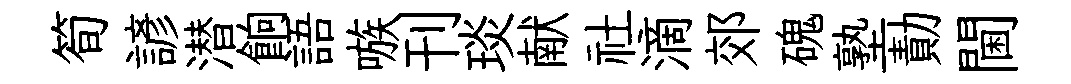
筍諺潜餉語嗾刊琰献社滴郊磈塾勣閫